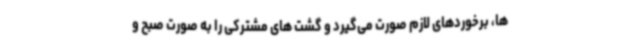
ها، برخوردهای لازم صورت می‌گیرد و گشت های مشترکی را به صورت صبح و